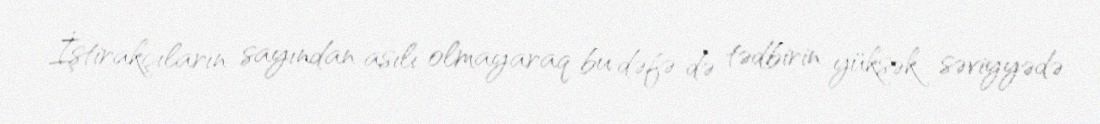
İştirakçıların sayından asılı olmayaraq bu dəfə də tədbirin yüksək səviyyədə